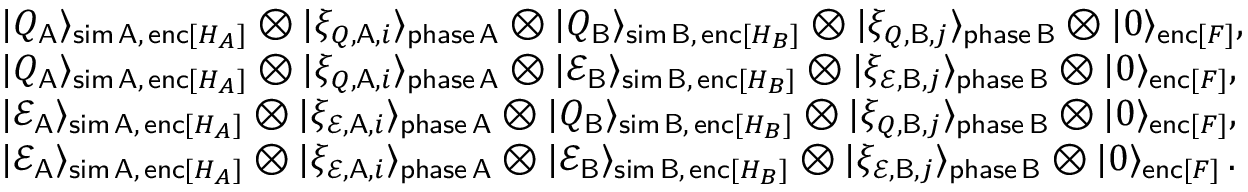
\begin{array} { r l } & { | Q _ { \mathsf { A } } \rangle _ { \mathsf { s i m \, A , \, e n c } [ H _ { A } ] } \otimes | \xi _ { Q , \mathsf { A } , i } \rangle _ { \mathsf { p h a s e \, A } } \otimes | Q _ { \mathsf { B } } \rangle _ { \mathsf { s i m \, B , \, e n c } [ H _ { B } ] } \otimes | \xi _ { Q , \mathsf { B } , j } \rangle _ { \mathsf { p h a s e \, B } } \otimes | \boldsymbol { 0 } \rangle _ { \mathsf { e n c } [ F ] } , } \\ & { | Q _ { \mathsf { A } } \rangle _ { \mathsf { s i m \, A , \, e n c } [ H _ { A } ] } \otimes | \xi _ { Q , \mathsf { A } , i } \rangle _ { \mathsf { p h a s e \, A } } \otimes | \mathcal { E } _ { \mathsf { B } } \rangle _ { \mathsf { s i m \, B , \, e n c } [ H _ { B } ] } \otimes | \xi _ { \mathcal { E } , \mathsf { B } , j } \rangle _ { \mathsf { p h a s e \, B } } \otimes | \boldsymbol { 0 } \rangle _ { \mathsf { e n c } [ F ] } , } \\ & { | \mathcal { E } _ { \mathsf { A } } \rangle _ { \mathsf { s i m \, A , \, e n c } [ H _ { A } ] } \otimes | \xi _ { \mathcal { E } , \mathsf { A } , i } \rangle _ { \mathsf { p h a s e \, A } } \otimes | Q _ { \mathsf { B } } \rangle _ { \mathsf { s i m \, B , \, e n c } [ H _ { B } ] } \otimes | \xi _ { Q , \mathsf { B } , j } \rangle _ { \mathsf { p h a s e \, B } } \otimes | \boldsymbol { 0 } \rangle _ { \mathsf { e n c } [ F ] } , } \\ & { | \mathcal { E } _ { \mathsf { A } } \rangle _ { \mathsf { s i m \, A , \, e n c } [ H _ { A } ] } \otimes | \xi _ { \mathcal { E } , \mathsf { A } , i } \rangle _ { \mathsf { p h a s e \, A } } \otimes | \mathcal { E } _ { \mathsf { B } } \rangle _ { \mathsf { s i m \, B , \, e n c } [ H _ { B } ] } \otimes | \xi _ { \mathcal { E } , \mathsf { B } , j } \rangle _ { \mathsf { p h a s e \, B } } \otimes | \boldsymbol { 0 } \rangle _ { \mathsf { e n c } [ F ] } \, . } \end{array}